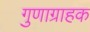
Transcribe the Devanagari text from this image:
गुणाग्राहक